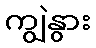
ကျွဲနွား